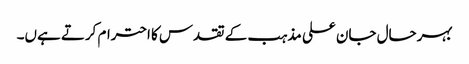
بہرحال جان علی مذہب کے تقدس کا احترام کرتے ہےں۔